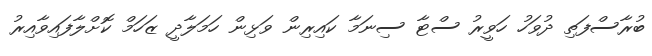
ބުރާސްފަތި ދުވަހު ހަވީރު ސްޓާ ސިނަމާ ކައިރިން ވަޅިން ހަމަލާދީ ޒަހަމް ކޮށްލާފައިވާއިރު